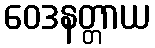
ဝေဒနတ္တာယ